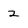
Character: 2